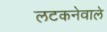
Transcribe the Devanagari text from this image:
लटकनेवाले